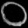
Digit: ၀